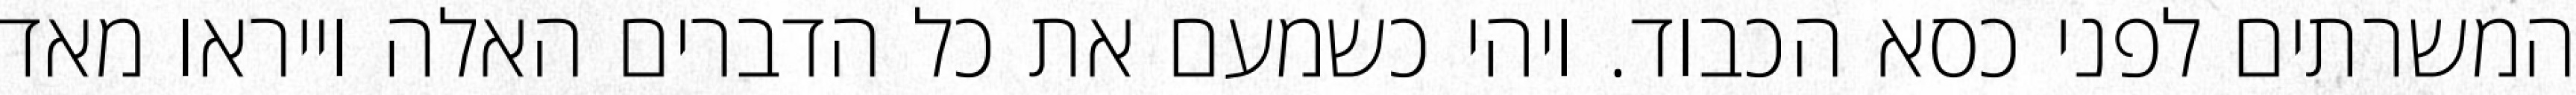
המשרתים לפני כסא הכבוד. ויהי כשמעם את כל הדברים האלה וייראו מאד